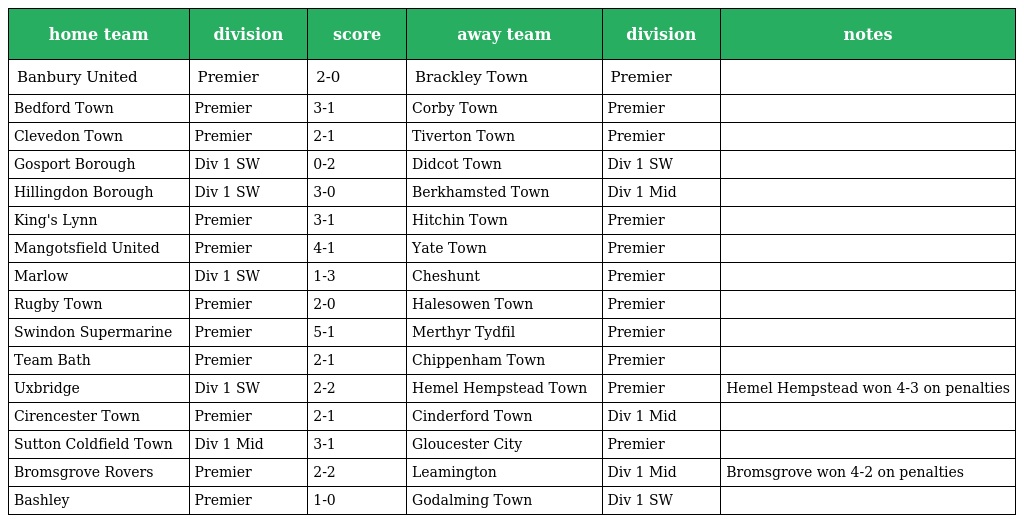
| home team | division | score | away team | division | notes |
 | --- | --- | --- | --- | --- | --- |
 | Banbury United | Premier | 2-0 | Brackley Town | Premier |  |
 | Bedford Town | Premier | 3-1 | Corby Town | Premier |  |
 | Clevedon Town | Premier | 2-1 | Tiverton Town | Premier |  |
 | Gosport Borough | Div 1 SW | 0-2 | Didcot Town | Div 1 SW |  |
 | Hillingdon Borough | Div 1 SW | 3-0 | Berkhamsted Town | Div 1 Mid |  |
 | King's Lynn | Premier | 3-1 | Hitchin Town | Premier |  |
 | Mangotsfield United | Premier | 4-1 | Yate Town | Premier |  |
 | Marlow | Div 1 SW | 1-3 | Cheshunt | Premier |  |
 | Rugby Town | Premier | 2-0 | Halesowen Town | Premier |  |
 | Swindon Supermarine | Premier | 5-1 | Merthyr Tydfil | Premier |  |
 | Team Bath | Premier | 2-1 | Chippenham Town | Premier |  |
 | Uxbridge | Div 1 SW | 2-2 | Hemel Hempstead Town | Premier | Hemel Hempstead won 4-3 on penalties |
 | Cirencester Town | Premier | 2-1 | Cinderford Town | Div 1 Mid |  |
 | Sutton Coldfield Town | Div 1 Mid | 3-1 | Gloucester City | Premier |  |
 | Bromsgrove Rovers | Premier | 2-2 | Leamington | Div 1 Mid | Bromsgrove won 4-2 on penalties |
 | Bashley | Premier | 1-0 | Godalming Town | Div 1 SW |  |